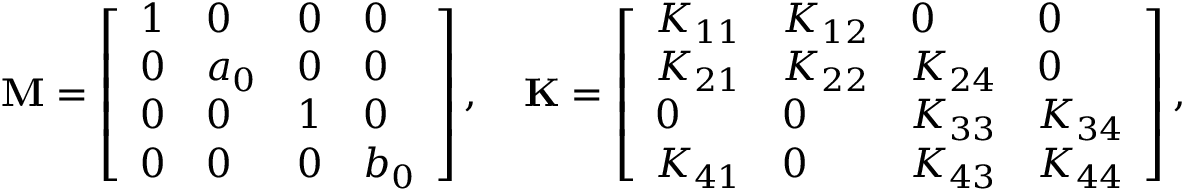
\mathbf { M } = \left[ \begin{array} { l l l l } { 1 } & { 0 } & { 0 } & { 0 } \\ { 0 } & { a _ { 0 } } & { 0 } & { 0 } \\ { 0 } & { 0 } & { 1 } & { 0 } \\ { 0 } & { 0 } & { 0 } & { b _ { 0 } } \end{array} \right] , \ \ \ \mathbf { K } = \left[ \begin{array} { l l l l } { K _ { 1 1 } } & { K _ { 1 2 } } & { 0 } & { 0 } \\ { K _ { 2 1 } } & { K _ { 2 2 } } & { K _ { 2 4 } } & { 0 } \\ { 0 } & { 0 } & { K _ { 3 3 } } & { K _ { 3 4 } } \\ { K _ { 4 1 } } & { 0 } & { K _ { 4 3 } } & { K _ { 4 4 } } \end{array} \right] ,